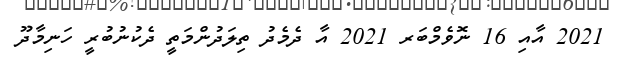
2021 އާއި 16 ނޮވެމްބަރ 2021 އާ ދެމެދު ތިލަދުންމަތީ ދެކުނުބުރީ ހަނިމާދޫ